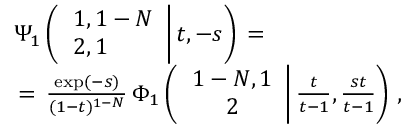
\begin{array} { l } { \displaystyle \Psi _ { 1 } \left( \left. \begin{array} { l } { 1 , 1 - N } \\ { 2 , 1 } \end{array} \right| t , - s \right) \, = \, } \\ { \, = \, \frac { \exp ( - s ) } { ( 1 - t ) ^ { 1 - N } } \, \Phi _ { 1 } \left( \left. \begin{array} { c } { 1 - N , 1 } \\ { 2 } \end{array} \right| \frac t { t - 1 } , \frac { s t } { t - 1 } \right) \, , \displaystyle } \end{array}